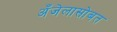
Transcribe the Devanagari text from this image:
अँजेलासोबत